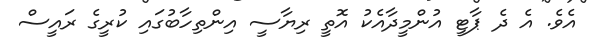
އެވެ. އެ ދެ ޕާޓީ އުންމީދާއެކު އޮތީ ރިޔާސީ އިންތިހާބުގައި ކުރީގެ ރައީސް